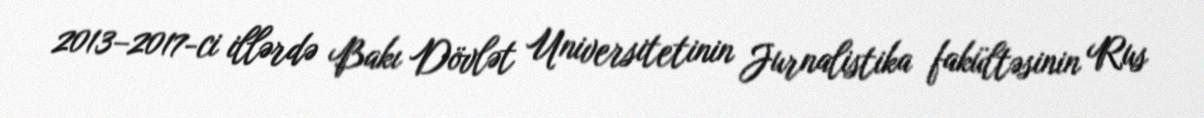
2013–2017-ci illərdə Bakı Dövlət Universitetinin Jurnalistika fakültəsinin Rus